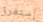
إستغرق